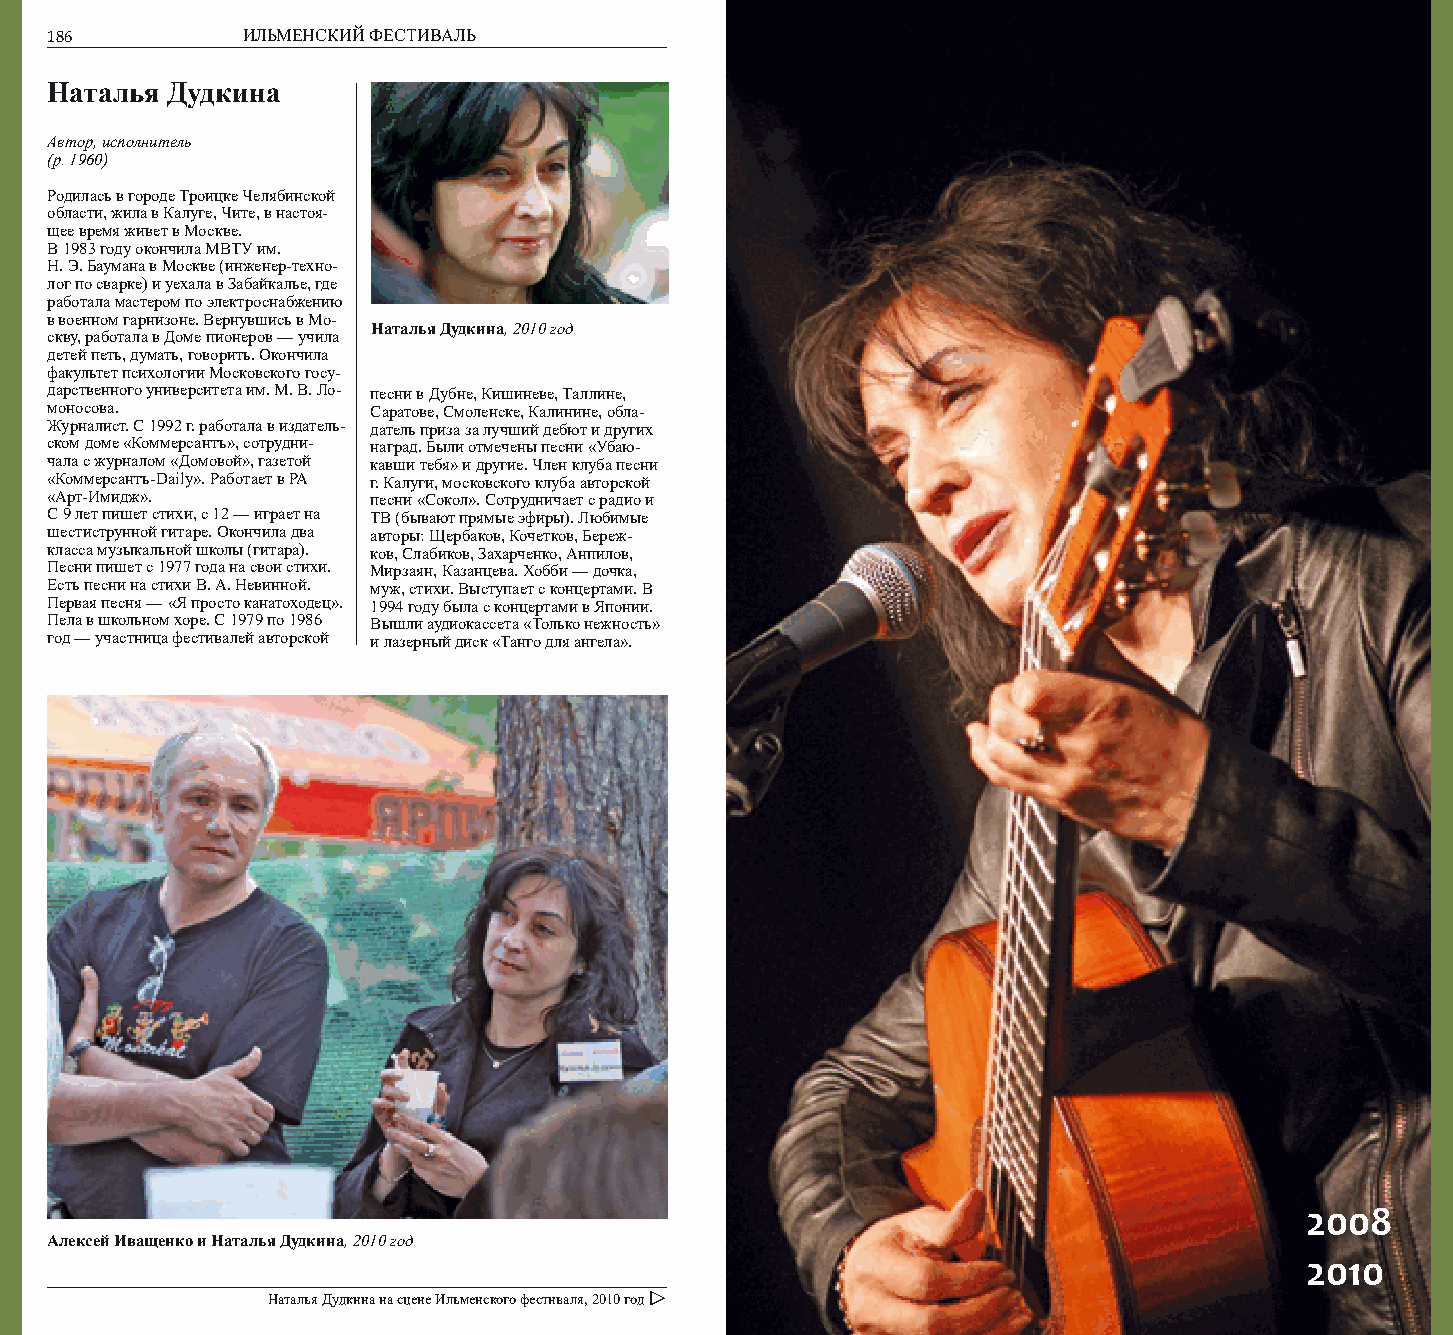
186          ИЛЬМЕНСКИЙ ФЕСТИВАЛЬ                                  ГОСТИ                187
 Наталья Дудкина
 Автор, исполнитель
 (р. 1960)
 Родилась в городе Троицке Челябинской
 области, жила в Калуге, Чите, в настоя-
 щее время живет в Москве.
 В 1983 году окончила МВТУ им.
 Н. Э. Баумана в Москве (инженер-техно-
 лог по сварке) и уехала в Забайкалье, где
 работала мастером по электроснабжению
 в военном гарнизоне. Вернувшись в Мо-
 Наталья Дудкина, 2010 год
 скву, работала в Доме пионеров — учила
 детей петь, думать, говорить. Окончила
 факультет психологии Московского госу-
 дарственного университета им. М. В. Ло- песни в Дубне, Кишиневе, Таллине,
 моносова.             Саратове, Смоленске, Калинине, обла-
 Журналист. С 1992 г. работала в издатель- датель приза за лучший дебют и других
 ском доме «Коммерсантъ», сотрудни- наград. Были отмечены песни «Убаю-
 чала с журналом «Домовой», газетой кавши тебя» и другие. Член клуба песни
 «Коммерсантъ-Daily». Работает в РА г. Калуги, московского клуба авторской
 «Арт-Имидж».          песни «Сокол». Сотрудничает с радио и
 С 9 лет пишет стихи, с 12 — играет на ТВ (бывают прямые эфиры). Любимые
 шестиструнной гитаре. Окончила два авторы: Щербаков, Кочетков, Береж-
 класса музыкальной школы (гитара). ков, Слабиков, Захарченко, Анпилов,
 Песни пишет с 1977 года на свои стихи. Мирзаян, Казанцева. Хобби — дочка,
 Есть песни на стихи В. А. Невинной. муж, стихи. Выступает с концертами. В
 Первая песня — «Я просто канатоходец». 1994 году была с концертами в Японии.
 Пела в школьном хоре. С 1979 по 1986 Вышли аудиокассета «Только нежность»
 год — участница фестивалей авторской и лазерный диск «Танго для ангела».
 2008
 Алексей Иващенко и Наталья Дудкина, 2010 год
 2010
 Наталья Дудкина на сцене Ильменского фестиваля, 2010 год